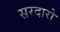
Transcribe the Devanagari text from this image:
सरदारो